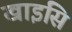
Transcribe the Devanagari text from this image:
खाइसि